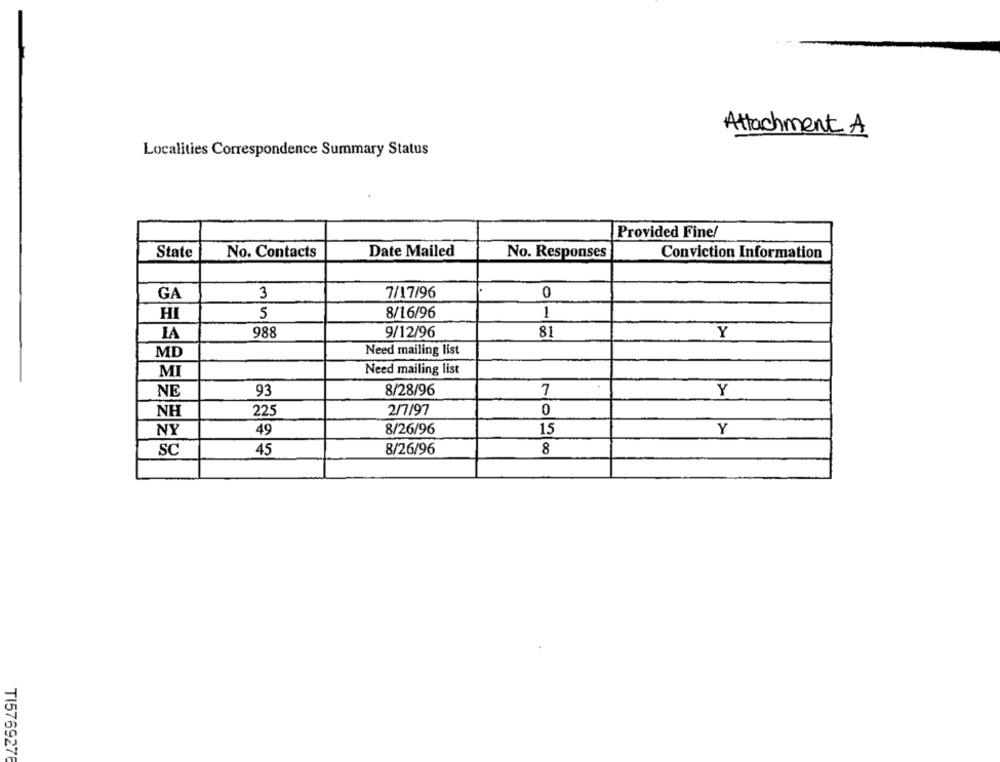
Attachment A
Localities Correspondence Summary Status
Provided Fine/
Date Mailed
State
No. Contacts
No. Responses
Conviction Information
GA
3
7/17/96
0
HI
5
8/16/96
1
LA
988
9/12/96
81
Y
MD
Need mailing list
MI
Need mailing list
NE
93
8/28/96
7
Y
NH
225
2/7/97
0
NY
49
8/26/96
15
Y
8
SC
45
8/26/96
TI5769276